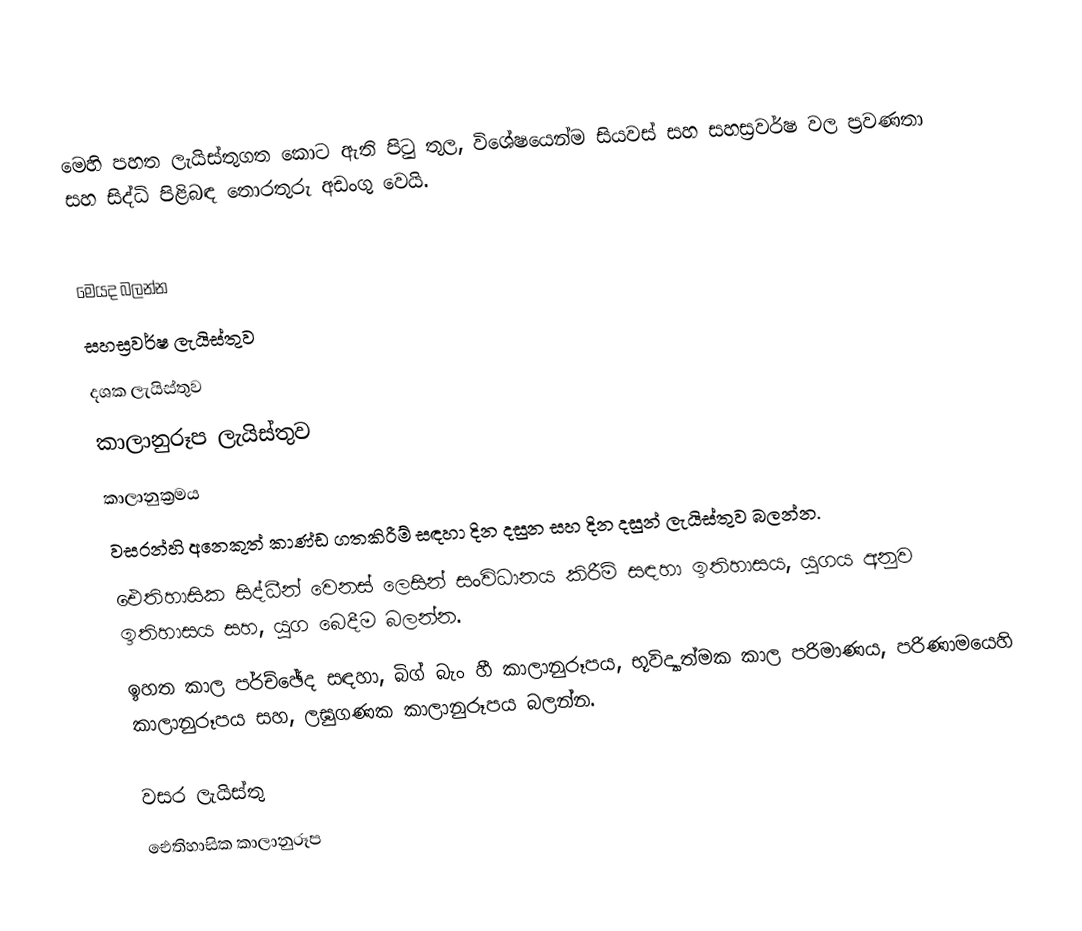
මෙහි පහත ලැයිස්තුගත කොට ඇති පිටු තුල, විශේෂයෙන්ම   සියවස් සහ සහස්‍රවර්ෂ වල ප්‍රවණතා සහ සිද්ධි පිළිබඳ තොරතුරු අඩංගු වෙයි.

මෙයද බලන්න
 සහස්‍රවර්ෂ ලැයිස්තුව
 දශක ලැයිස්තුව
 කාලානුරූප ලැයිස්තුව
 කාලානුක්‍රමය
වසරන්හි අනෙකුත් කාණ්ඩ ගතකිරීම් සඳහා  දින දසුන සහ  දින දසුන් ලැයිස්තුව බලන්න.
 ඓතිහාසික සිද්ධීන් වෙනස් ලෙසින් සංවිධානය කිරීම් සඳහා ඉතිහාසය, යුගය අනුව ඉතිහාසය සහ, යුග බෙදීම බලන්න.
 ඉහත කාල පර්ච්ඡේද සඳහා, බිග් බැං හී කාලානුරූපය, භූවිද්‍යාත්මක කාල පරිමාණය, පරිණාමයෙහි කාලානුරූපය සහ, ලඝුගණක කාලානුරූපය බලන්න.

වසර ලැයිස්තු
ඓතිහාසික කාලානුරූප